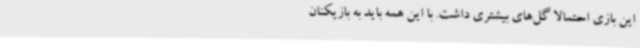
این بازی احتمالاً گل‌های بیشتری داشت. با این همه باید به بازیکنان